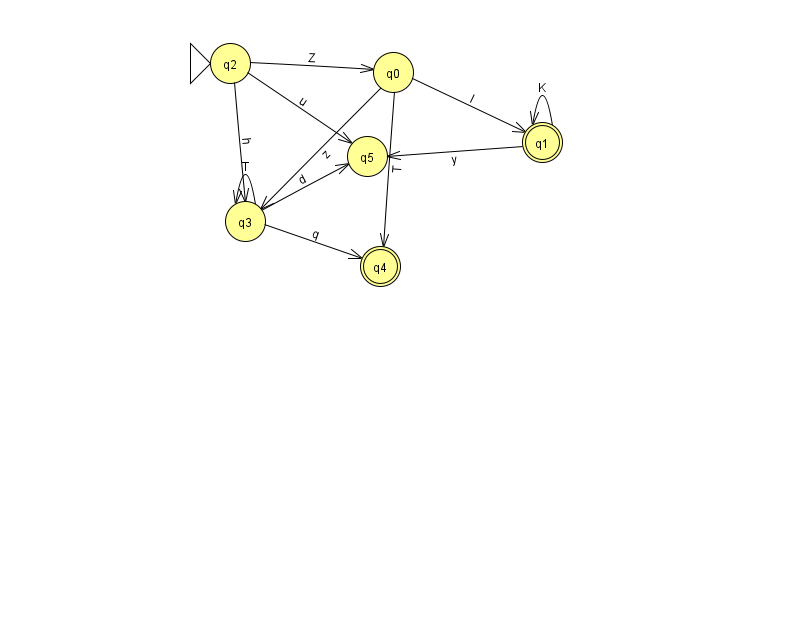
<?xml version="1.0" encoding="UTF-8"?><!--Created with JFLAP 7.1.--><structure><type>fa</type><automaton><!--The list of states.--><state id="0" name="q0"><x>393.0</x><y>59.0</y></state><state id="1" name="q1"><x>542.0</x><y>129.0</y><final/></state><state id="2" name="q2"><x>230.0</x><y>50.0</y><initial/></state><state id="3" name="q3"><x>245.0</x><y>208.0</y></state><state id="4" name="q4"><x>380.0</x><y>253.0</y><final/></state><state id="5" name="q5"><x>367.0</x><y>143.0</y></state><!--The list of transitions.--><transition><from>2</from><to>3</to><read>h</read></transition><transition><from>1</from><to>5</to><read>y</read></transition><transition><from>3</from><to>3</to><read>T</read></transition><transition><from>0</from><to>1</to><read>I</read></transition><transition><from>2</from><to>0</to><read>Z</read></transition><transition><from>3</from><to>5</to><read>d</read></transition><transition><from>1</from><to>1</to><read>K</read></transition><transition><from>0</from><to>3</to><read>z</read></transition><transition><from>3</from><to>4</to><read>q</read></transition><transition><from>2</from><to>5</to><read>u</read></transition><transition><from>0</from><to>4</to><read>T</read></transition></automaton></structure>